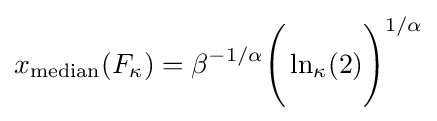
x_{\textrm {median}}(F_{\kappa })=\beta ^{-1/\alpha }{\Bigg (}\ln _{\kappa }(2){\Bigg )}^{1/\alpha }